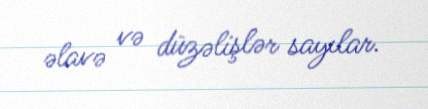
əlavə və düzəlişlər sayılar.